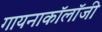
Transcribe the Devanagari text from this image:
गायनाकॉलॉजी